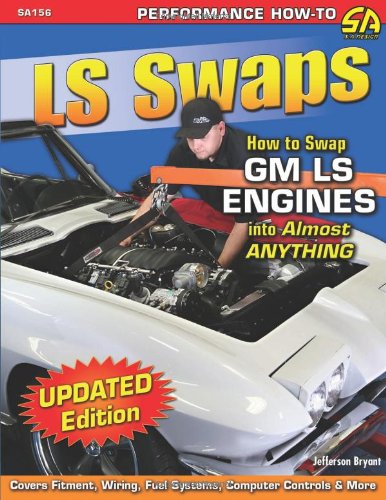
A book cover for LS Swaps: How to Swap GM LS Engines into Almost Anything (Performance How-To); Jefferson Bryant; Engineering & Transportation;